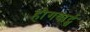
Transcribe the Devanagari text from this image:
हौगवार्ट्स